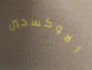
الاوكسجين